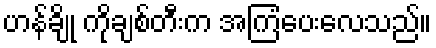
ဟန်ချို ကိုချစ်တီးက အကြံပေးလေသည်။